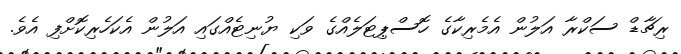
ރިޗާޑް ސަކްރާ އަލުން އެމެރިކާގެ ހޮސްޕިޓަލެއްގެ ވަކި ޔުނިޓެއްގައި އަލުން އެކަހެރިކޮށްފި އެވެ.